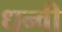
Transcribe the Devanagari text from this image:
धन्वी